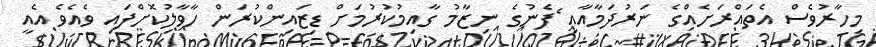
މިހާރުވެސް އެތައްރަށެއްގެ ނަރުދަމާއާއި ެފެނުގެ ނިޒާމު ގާއިމުކުރުމަށް ޑިޒައިންކުރަން ހާވާލުިކޮށްފައި ވެއެވެ އެއީ